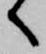
へ